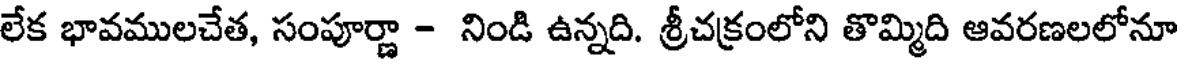
లేక భావములచేత, సంపూర్ణా - నిండి ఉన్నది. శ్రీచక్రంలోని తొమ్మిది ఆవరణలలోనూ